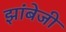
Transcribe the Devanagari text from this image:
झांबेजी